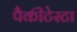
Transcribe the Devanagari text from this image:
पैकीटेस्टा